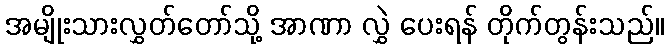
အမျိုးသားလွှတ်တော်သို့ အာဏာ လွှဲ ပေးရန် တိုက်တွန်းသည်။